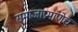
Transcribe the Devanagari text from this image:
समाजाप्रमाणेच